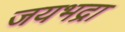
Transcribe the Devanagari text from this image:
जयभद्रा